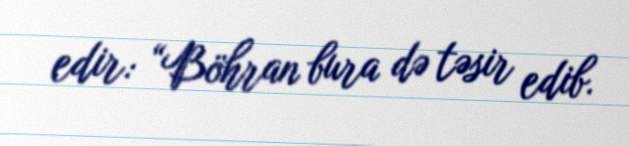
edir: “Böhran bura də təsir edib.